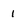
Character: 1